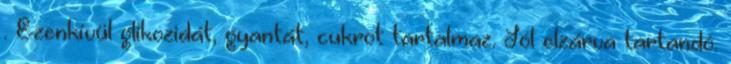
. Ezenkívül glikozidát, gyantát, cukrot tartalmaz. Jól elzárva tartandó.